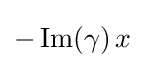
-\operatorname {Im} (\gamma )\,x